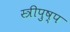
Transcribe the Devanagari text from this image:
स्त्रीपुष्प